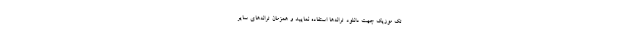
تک موزیک جهت دانلود ترانه‌ها استفاده نمایید و همزمان ترانه‌های سایر